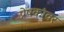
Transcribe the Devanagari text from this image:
प्रेषकांवर